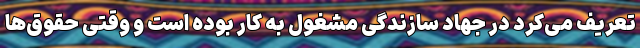
تعریف می‌کرد در جهاد سازندگی مشغول به کار بوده است و وقتی حقوق‌ها